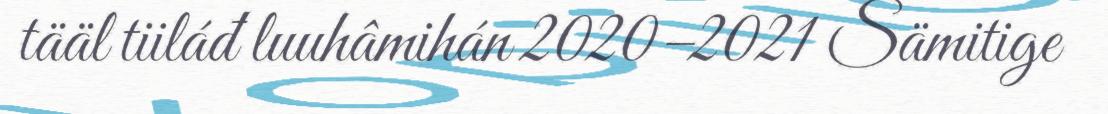
tääl tiiláđ luuhâmihán 2020–2021 Sämitige